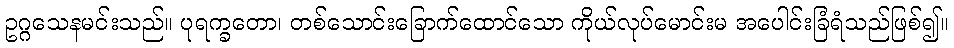
ဥဂ္ဂသေနမင်းသည်။ ပုရက္ခတော၊ တစ်သောင်းခြောက်ထောင်သော ကိုယ်လုပ်မောင်းမ အပေါင်းခြံရံသည်ဖြစ်၍။